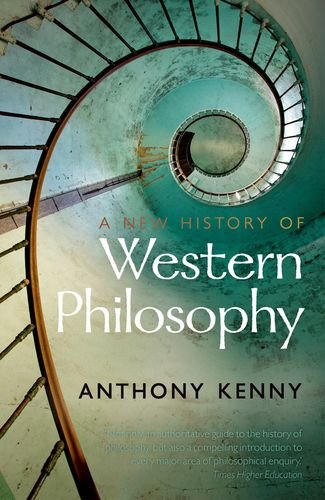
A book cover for A New History of Western Philosophy; Anthony Kenny; Politics & Social Sciences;